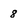
Character: 8